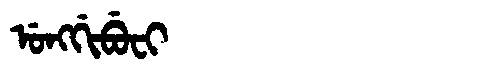
Manchu: ᡠᠩᡤᡳᠪᡠᠸᡳ
Romanization: UNGGIBUFI